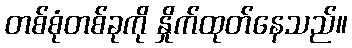
တစ်စုံတစ်ခုကို နှိုက်ထုတ်နေသည်။